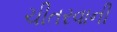
ચીતરવાની